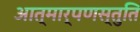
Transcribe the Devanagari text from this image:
आत्मार्पणस्तुति